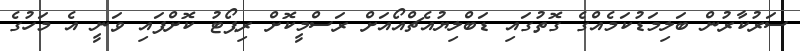
ސަރުކާރުން ބަލިމަޑުކަމެއްގެ ގޮތުގައި ޑަބްލިޔުއެޗްއޯއަށް ރަސްމީކޮށް ރިޕޯޓު ކޮށްފައި ވަނީ އެ މަހުގެ